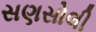
સણસોલી